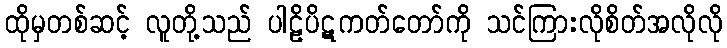
ထိုမှတစ်ဆင့် လူတို့သည် ပါဠိပိဋကတ်တော်ကို သင်ကြားလိုစိတ်အလိုလို